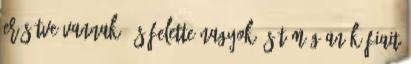
erősítve vannak, és felette nagyok; sőt még Anák fiait